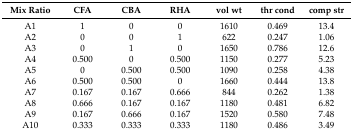
<table><thead><tr><td><b>Mix Ratio</b></td><td><b>CFA</b></td><td><b>CBA</b></td><td><b>RHA</b></td><td><b>vol wt</b></td><td><b>thr cond</b></td><td><b>comp str</b></td></tr></thead><tbody><tr><td>A1</td><td>1</td><td>0</td><td>0</td><td>1610</td><td>0.469</td><td>13.4</td></tr><tr><td>A2</td><td>0</td><td>0</td><td>1</td><td>622</td><td>0.247</td><td>1.06</td></tr><tr><td>A3</td><td>0</td><td>1</td><td>0</td><td>1650</td><td>0.786</td><td>12.6</td></tr><tr><td>A4</td><td>0.500</td><td>0</td><td>0.500</td><td>1150</td><td>0.277</td><td>5.23</td></tr><tr><td>A5</td><td>0</td><td>0.500</td><td>0.500</td><td>1090</td><td>0.258</td><td>4.38</td></tr><tr><td>A6</td><td>0.500</td><td>0.500</td><td>0</td><td>1660</td><td>0.444</td><td>13.8</td></tr><tr><td>A7</td><td>0.167</td><td>0.167</td><td>0.666</td><td>844</td><td>0.262</td><td>1.38</td></tr><tr><td>A8</td><td>0.666</td><td>0.167</td><td>0.167</td><td>1180</td><td>0.481</td><td>6.82</td></tr><tr><td>A9</td><td>0.167</td><td>0.666</td><td>0.167</td><td>1520</td><td>0.580</td><td>7.48</td></tr><tr><td>A10</td><td>0.333</td><td>0.333</td><td>0.333</td><td>1180</td><td>0.486</td><td>3.49</td></tr></tbody></table>